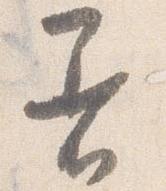
着